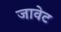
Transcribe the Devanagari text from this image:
जावेट